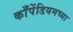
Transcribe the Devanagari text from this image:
काँपेंडियमच्या